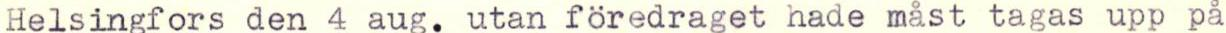
Helsingfors den 4 aug. utan föredraget hade måst tagas upp på